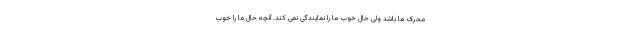
محرک ما باشد ولی حال خوب ما را نمایندگی نمی کند. آنچه حال ما را خوب